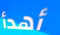
أهدأ